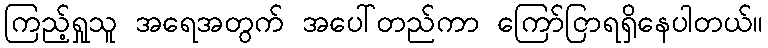
ကြည့်ရှုသူ အရေအတွက် အပေါ်တည်ကာ ကြော်ငြာရရှိနေပါတယ်။